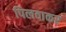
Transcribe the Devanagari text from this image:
पिलवाकर